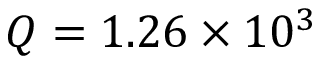
Q = 1 . 2 6 \times 1 0 ^ { 3 }